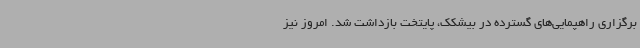
برگزاری راهپمایی‌های گسترده در بیشکک، پایتخت بازداشت شد. امروز نیز